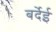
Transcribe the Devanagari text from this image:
बर्देई